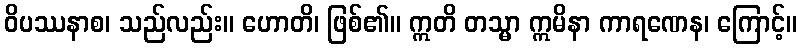
ဝိပဿနာစ၊ သည်လည်း။ ဟောတိ၊ ဖြစ်၏။ ဣတိ တသ္မာ ဣမိနာ ကာရဏေန၊ ကြောင့်။